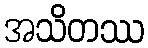
အသိတဿ